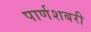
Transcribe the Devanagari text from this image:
पार्णशबरी